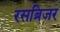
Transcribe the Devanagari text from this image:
रसब्रिजर